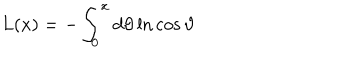
LaTeX: L ( x ) = - \int _ { 0 } ^ { x } d \vartheta \ln \cos \vartheta